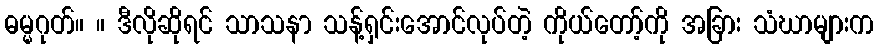
ဓမ္မဂုတ်။ ။ ဒီလိုဆိုရင် သာသနာ သန့်ရှင်းအောင်လုပ်တဲ့ ကိုယ်တော့်ကို အခြား သံဃာများက